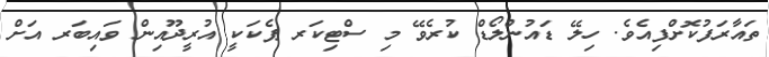
ތައާރަފުކޮށްފިއެވެ. ހިލޭ ޑައުންލޯޑް ކުރެވޭ މި ސްޓިކަރ ޕެކަކީ އުރީދޫއިން ވައިބަރ އަށް